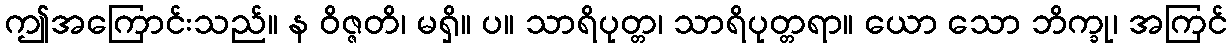
ဤအကြောင်းသည်။ န ဝိဇ္ဇတိ၊ မရှိ။ ပ။ သာရိပုတ္တ၊ သာရိပုတ္တရာ။ ယော သော ဘိက္ခု၊ အကြင်